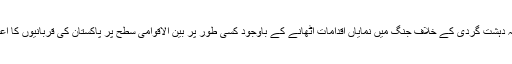
ستم ظریفی یہ ہے کہ دہشت گردی کے خلاف جنگ میں نمایاں اقدامات اٹھانے کے باوجود کسی طور پر بین الاقوامی سطح پر پاکستان کی قربانیوں کا اعتراف نہیں کیا جارہا۔